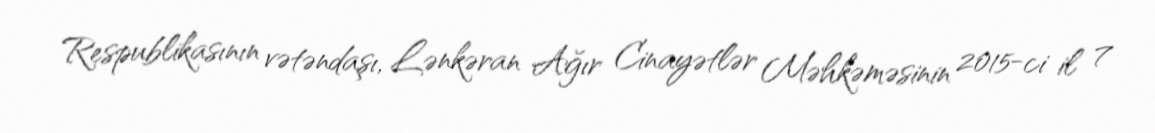
Respublikasının vətəndaşı, Lənkəran Ağır Cinayətlər Məhkəməsinin 2015-ci il 7